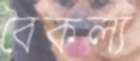
বৈকল্য